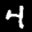
Label: 4